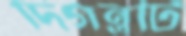
দিগন্তটি